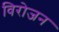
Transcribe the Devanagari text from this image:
विरोजन